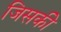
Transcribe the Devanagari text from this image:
जिसकीे